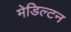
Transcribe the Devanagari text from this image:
मेडिल्टन